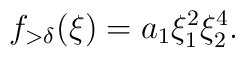
f_{> \delta}(\xi) = a_1 \xi_{1}^{2} \xi_{2}^{4}.